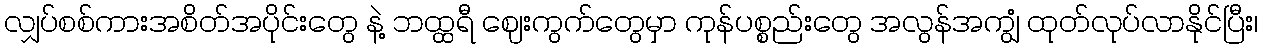
လျှပ်စစ်ကားအစိတ်အပိုင်းတွေ နဲ့ ဘထ္ထရီ ဈေးကွက်တွေမှာ ကုန်ပစ္စည်းတွေ အလွန်အကျွံ ထုတ်လုပ်လာနိုင်ပြီး၊